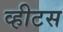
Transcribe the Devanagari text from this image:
व्हीटस